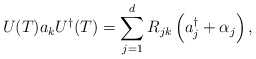
\begin{align*}U(T)a_{k}U^{\dagger}(T)=\sum_{j=1}^{d}R_{jk}\left(a_{j}^{\dagger}+\alpha_j\right),\end{align*}